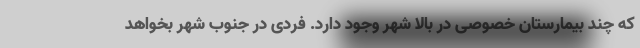
که چند بیمارستان خصوصی در بالا شهر وجود دارد. فردی در جنوب شهر بخواهد